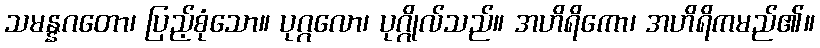
သမန္နဂတော၊ ပြည့်စုံသော။ ပုဂ္ဂလော၊ ပုဂ္ဂိုလ်သည်။ အဟိရိကော၊ အဟိရိကမည်၏။